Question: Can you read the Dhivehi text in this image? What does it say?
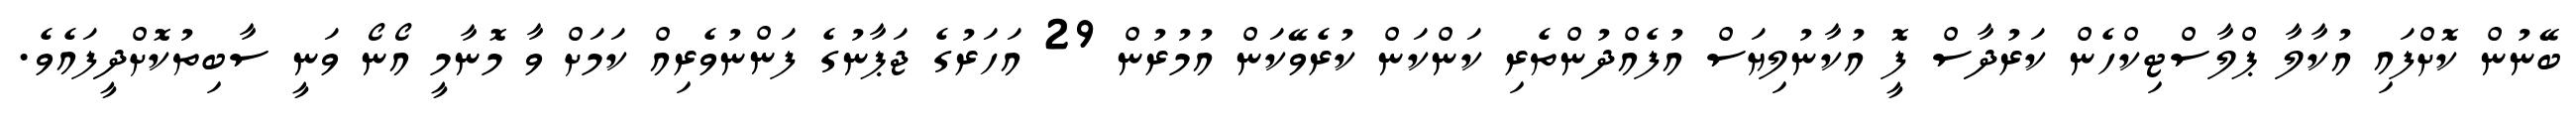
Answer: ބޭނުން ކޮށްފައި އުކާލާ ޕްލާސްޓިކްހެން ކަރުދާސް ފޮީ އުކާނުލިޔަސް އުފެއްދުންތެރި ކަންކަން ކުރެވޭކަން އުމުރުން 29 އަހަރުގެ ޖަޕާނުގެ ފަންނުވެރިއް ކަމަށް ވާ މޮނާމީ އޯނޯ ވަނީ ސާބިތުކޮށްދީފައެވެ.